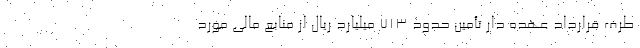
طرف قرارداد عهده دار تأمین حدود ۷۱۳ میلیارد ریال از منابع مالی مورد